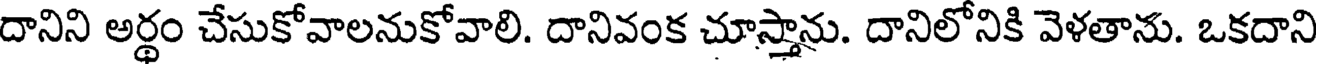
దానిని అర్థం చేసుకోవాలనుకోవాలి. దానివంక చూస్తాను. దానిలోనికి వెళతాను. ఒకదాని